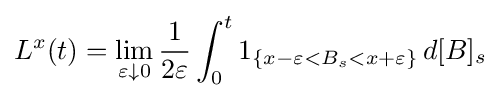
L^{x}(t)=\lim _{\varepsilon \downarrow 0}{\frac {1}{2\varepsilon }}\int _{0}^{t}1_{\{x-\varepsilon <B_{s}<x+\varepsilon \}}\,d[B]_{s}